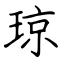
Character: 琼